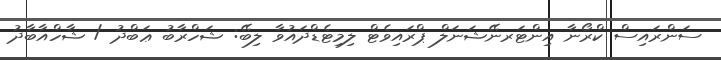
ސަންރައިސް ކްރޯނާ އިންޓަރނޭޝަނަލް ޕްރައިވެޓް ލިމިޓެޑްދައުވާ ލިބޭ: ޝަހްރާބު ޢަބްދު / ޝާހްއާބާދު